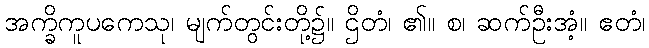
အက္ခိကူပကေသု၊ မျက်တွင်းတို့၌။ ဌိတံ၊ ၏။ စ၊ ဆက်ဦးအံ့။ ဧတံ၊